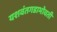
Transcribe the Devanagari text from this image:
यशवंतगडाभोवती